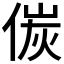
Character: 𠋌